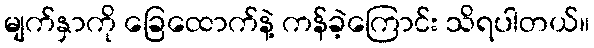
မျက်နှာကို ခြေထောက်နဲ့ ကန်ခဲ့ကြောင်း သိရပါတယ်။